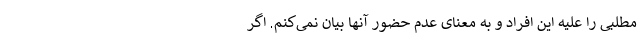
مطلبی را علیه این افراد و به معنای عدم حضور آنها بیان نمی‌کنم. اگر